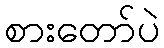
စားတော်ပဲ